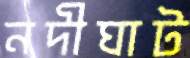
নদীঘাট